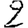
Digit: 2